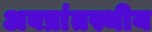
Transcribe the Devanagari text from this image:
अवप्रांतस्थीय